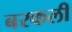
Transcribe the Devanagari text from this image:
बरकली